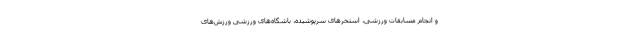
و انجام مسابقات ورزشی، استخرهای سرپوشیده، باشگاه‌های ورزشی ورزش‌های